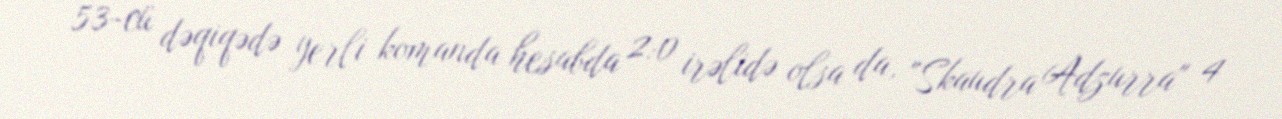
53-cü dəqiqədə yerli komanda hesabda 2:0 irəlidə olsa da, "Skaudra Adzurra" 4